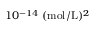
1 0 ^ { - 1 4 } \; ( \mathrm { m o l } / \mathrm { L } ) ^ { 2 }